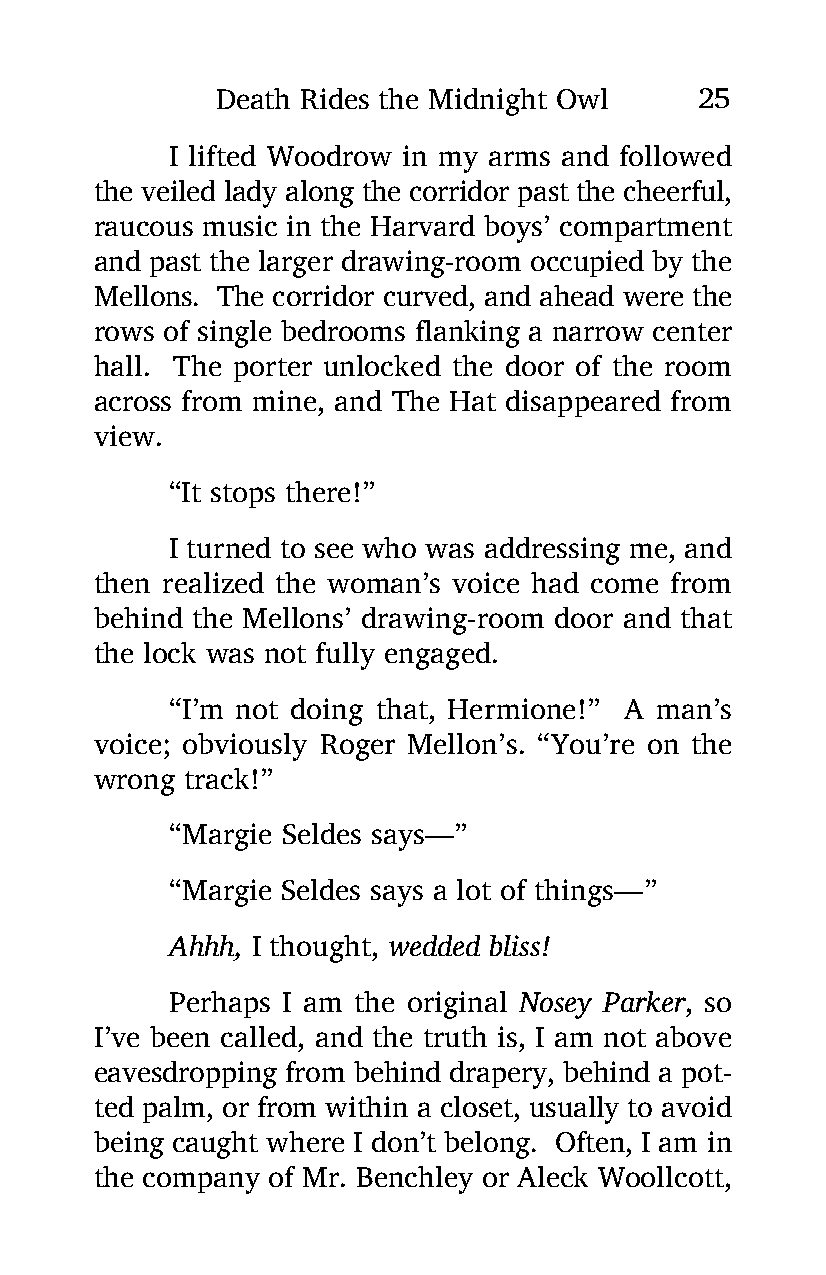
Death Rides the Midnight Owl    25
 I lifted Woodrow in my arms and followed
 the veiled lady along the corridor past the cheerful,
 raucous music in the Harvard boys’ compartment
 and past the larger drawing-room occupied by the
 Mellons. The corridor curved, and ahead were the
 rows of single bedrooms flanking a narrow center
 hall. The porter unlocked the door of the room
 across from mine, and The Hat disappeared from
 view.
 “It stops there!”
 I turned to see who was addressing me, and
 then realized the woman’s voice had come from
 behind the Mellons’ drawing-room door and that
 the lock was not fully engaged.
 “I’m not doing that, Hermione!” A man’s
 voice; obviously Roger Mellon’s. “You’re on the
 wrong track!”
 “Margie Seldes says—”
 “Margie Seldes says a lot of things—”
 Ahhh, I thought, wedded bliss!
 Perhaps I am the original Nosey Parker, so
 I’ve been called, and the truth is, I am not above
 eavesdropping from behind drapery, behind a pot-
 ted palm, or from within a closet, usually to avoid
 being caught where I don’t belong. Often, I am in
 the company of Mr. Benchley or Aleck Woollcott,